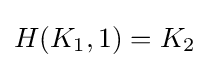
H(K_{1},1)=K_{2}